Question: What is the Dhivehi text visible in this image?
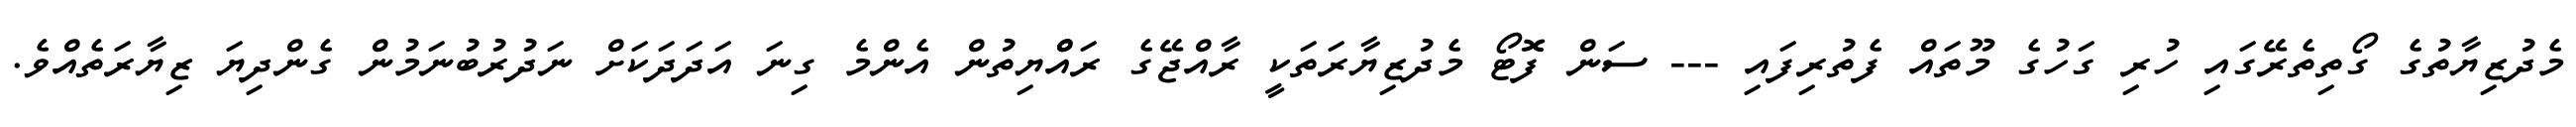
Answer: މެދުޒިޔާތުގެ ގޯތިތެރޭގައި ހުރި ގަހުގެ މޫތައް ފެތުރިފައި --- ސަން ފޮޓޯ މެދުޒިޔާރަތަކީ ރާއްޖޭގެ ރައްްޔިތުން އެންމެ ގިނަ އަދަދަކަށް ނަދުރުބުނަމުން ގެންދިޔަ ޒިޔާރަތެއްވެ.